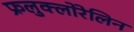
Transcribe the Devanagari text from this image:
फ्रलुक्लोरेलिन